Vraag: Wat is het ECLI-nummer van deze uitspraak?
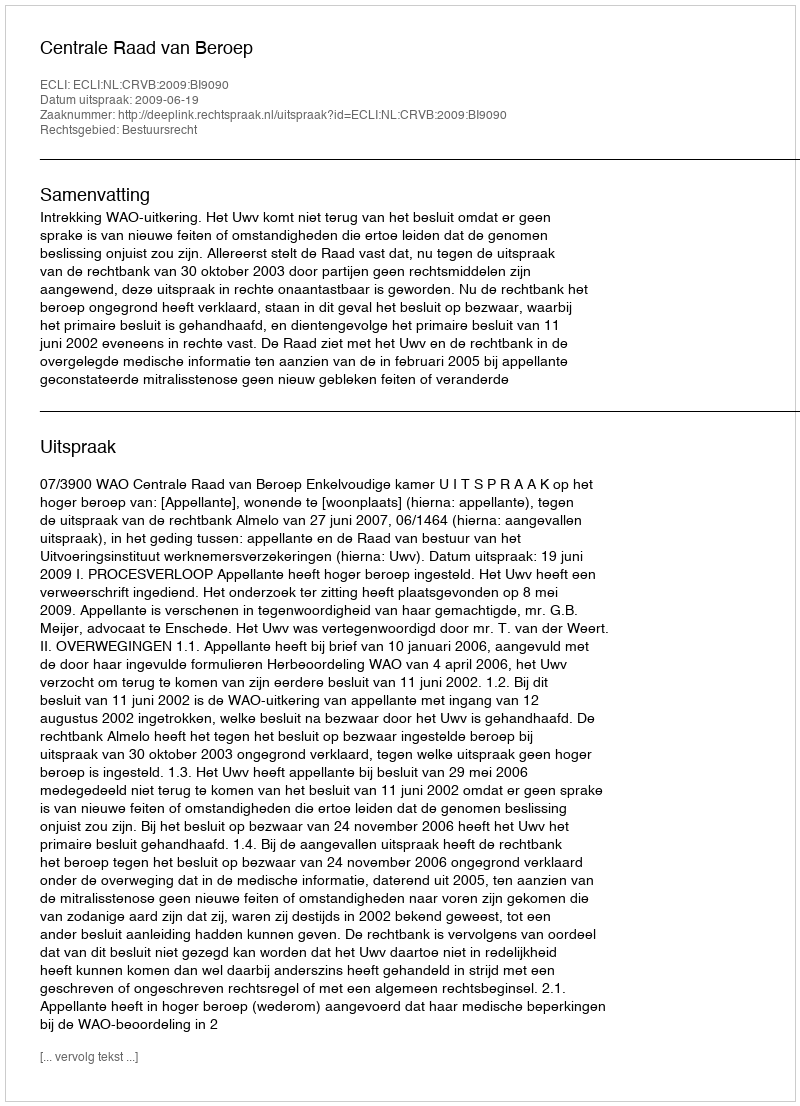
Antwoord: ECLI:NL:CRVB:2009:BI9090